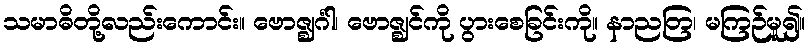
သမာဓိတို့လည်းကောင်း။ ဗောဇ္ဈင်္ဂါ၊ ဗောဇ္ဈင်ကို ပွားစေခြင်းကို။ နာညတြ၊ မကြဉ်မူ၍။